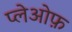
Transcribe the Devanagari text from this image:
प्लेओफ़